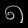
Digit: ၈